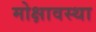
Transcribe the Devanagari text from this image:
मोक्षावस्था